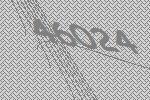
46024